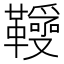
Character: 𩍱